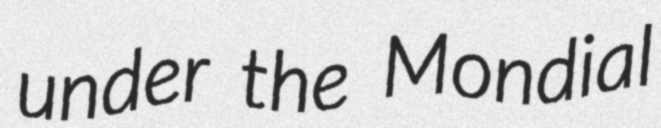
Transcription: under the Mondial